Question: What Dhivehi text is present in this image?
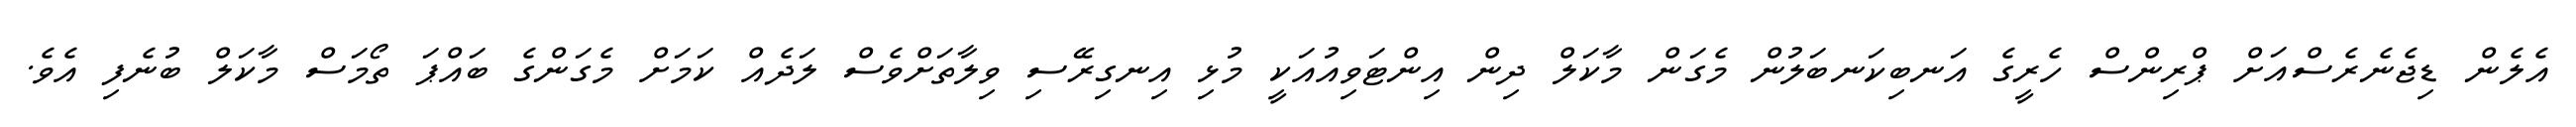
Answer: އެލެން ޑިޖެނެރެސްއަށް ޕްރިންސް ހެރީގެ އަނބިކަނބަލުން މެގަން މާކަލް ދިން އިންޓަވިއުއަކީ މުޅި އިނގިރޭސި ވިލާތަށްވެސް ލަދެއް ކަމަށް މެގަންގެ ބައްޕަ ތޯމަސް މާކަލް ބުނެފި އެވެ.